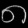
Digit: ၈